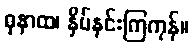
ဓုနာထ၊ နှိပ်နင်းကြကုန်။